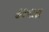
હરનારા